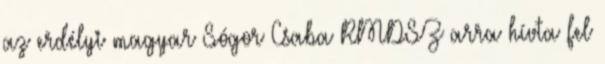
az erdélyi magyar Sógor Csaba RMDSZ arra hívta fel